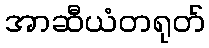
အာဆီယံတရုတ်